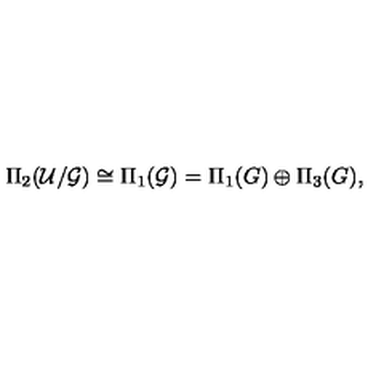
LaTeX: \Pi _ { 2 } ( { \cal U } / { \cal G } ) \cong \Pi _ { 1 } ( { \cal G } ) = \Pi _ { 1 } ( G ) \oplus \Pi _ { 3 } ( G ) ,